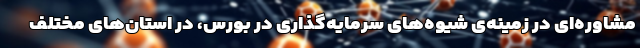
مشاوره‌ای در زمینه‌ی شیوه‌های سرمایه‌گذاری در بورس، در استان‌های مختلف